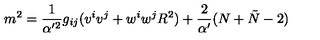
m ^ { 2 } = \frac { 1 } { \alpha ^ { \prime 2 } } g _ { i j } ( v ^ { i } v ^ { j } + w ^ { i } w ^ { j } R ^ { 2 } ) + \frac { 2 } { \alpha ^ { \prime } } ( N + \tilde { N } - 2 )